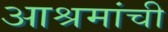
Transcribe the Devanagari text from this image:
आश्रमांची